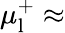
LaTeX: \mu_{\mathrm{l}}^{+}\approx